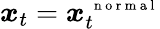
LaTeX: \boldsymbol x_{t}=\boldsymbol x_{t}^{\mathrm{~\scriptsize~n~o~r~m~a~l~}}